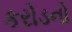
કરોડનો